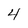
Character: 4